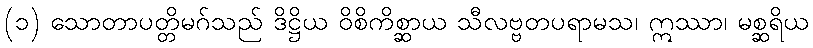
(၁) သောတာပတ္တိမဂ်သည် ဒိဋ္ဌိယ ဝိစိကိစ္ဆာယ သီလဗ္ဗတပရာမသ၊ ဣဿာ၊ မစ္ဆရိယ